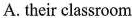
A.their classroom